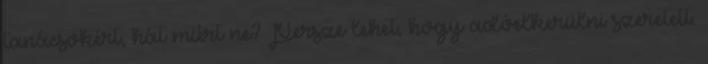
tanácsokért, hát miért ne? Persze lehet, hogy adóelkerülni szeretett.